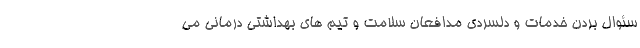
سئوال بردن خدمات و دلسردی مدافعان سلامت و تیم های بهداشتی درمانی می